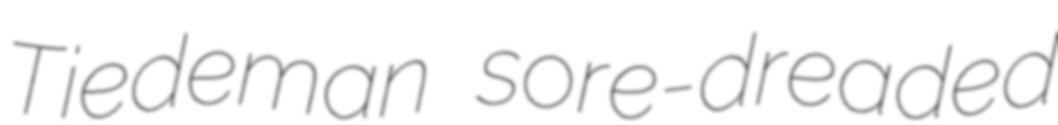
Tiedeman sore-dreaded